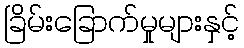
ခြိမ်းခြောက်မှုများနှင့်